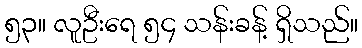
၅၃။ လူဦးရေ ၅၄ သန်းခန့် ရှိသည်။